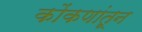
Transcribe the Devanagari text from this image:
कोंकणांतून